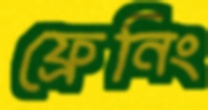
ফ্রেনিং